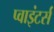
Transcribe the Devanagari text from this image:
प्वाइंटर्स